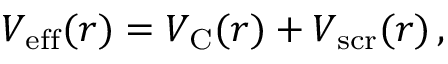
V _ { \mathrm { e f f } } ( r ) = V _ { \mathrm { C } } ( r ) + V _ { \mathrm { s c r } } ( r ) \, ,